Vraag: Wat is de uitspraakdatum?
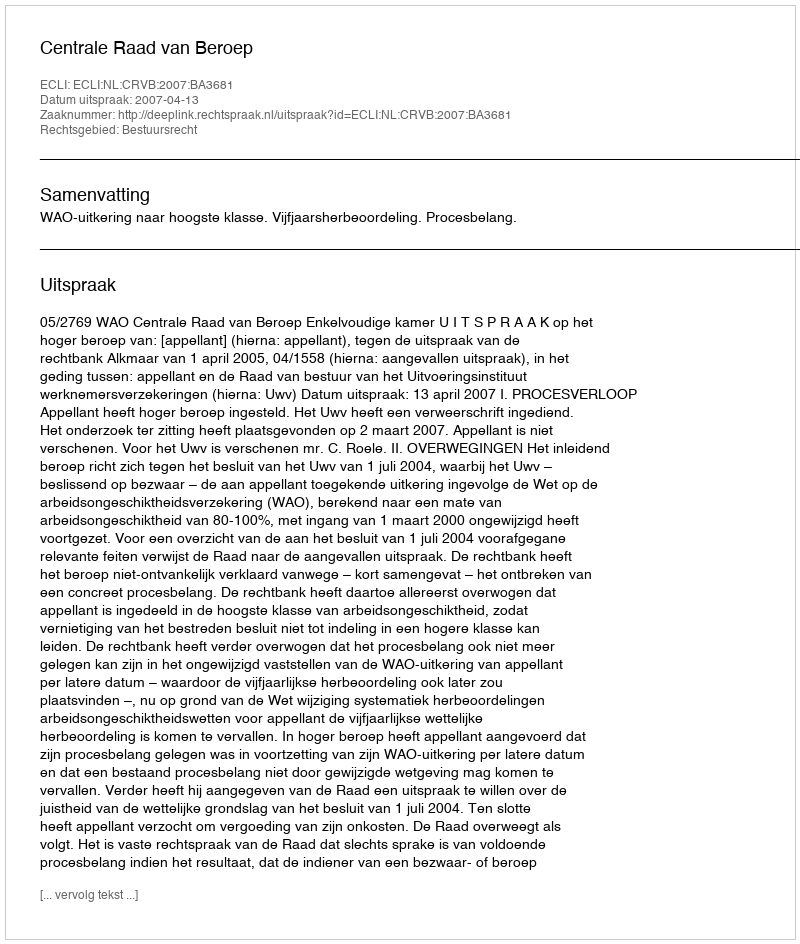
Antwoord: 2007-04-13